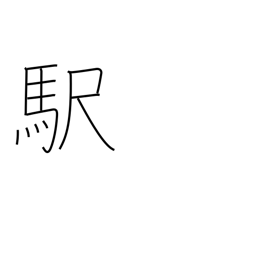
Meaning: station